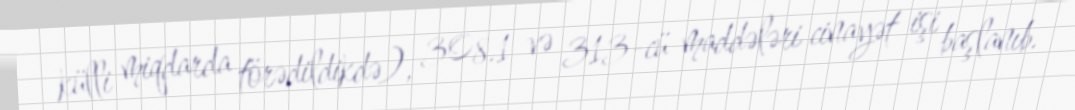
külli miqdarda törədildikdə), 308.1 və 313-cü maddələri cinayət işi başlanıb.